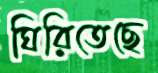
ঘিরিতেছে